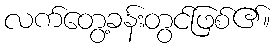
လက်တွေ့ခန်းတွင်ဖြစ်၏။